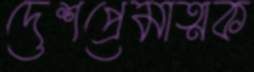
দেশপ্রেমাত্মক